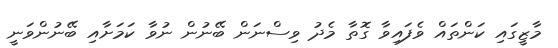
މާޒީގައި ކަންތައް ވެފައިވާ ގޮތާ މެދު ވިސްނަން ބޭނުން ނުވާ ކަމަށާއި ބޭނުންވަނީ